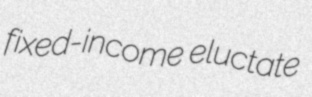
fixed-income eluctate